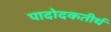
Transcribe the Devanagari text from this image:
पादोदकतीर्थ